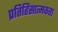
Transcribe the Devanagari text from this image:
प्रतिहिंसात्मकता